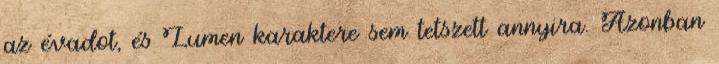
az évadot, és Lumen karaktere sem tetszett annyira. Azonban